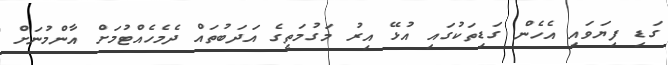
ގަޑި ފިޔަވައި އެހެން ގަޑިތަކުގައި އުޅޭ އިރު މަގުމަތީގެ އަދަބުތައް ދެމެހެއްޓުމަށް އާންމުނަށް